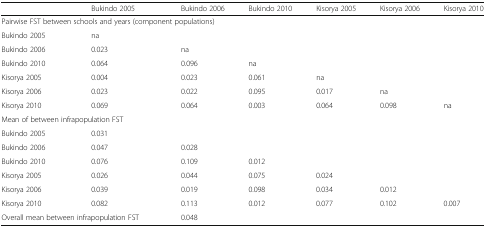
|  | Bukindo 2005 | Bukindo 2006 | Bukindo 2010 | Kisorya 2005 | Kisorya 2006 | Kisorya 2010 |
 | --- | --- | --- | --- | --- | --- | --- |
 | <COLSPAN=7> Pairwise FST between schools and years (component populations) |
 | Bukindo 2005 | na |  |  |  |  |  |
 | Bukindo 2006 | 0.023 | na |  |  |  |  |
 | Bukindo 2010 | 0.064 | 0.096 | na |  |  |  |
 | Kisorya 2005 | 0.004 | 0.023 | 0.061 | na |  |  |
 | Kisorya 2006 | 0.023 | 0.022 | 0.095 | 0.017 | na |  |
 | Kisorya 2010 | 0.069 | 0.064 | 0.003 | 0.064 | 0.098 | na |
 | <COLSPAN=7> Mean of between infrapopulation FST |
 | Bukindo 2005 | 0.031 |  |  |  |  |  |
 | Bukindo 2006 | 0.047 | 0.028 |  |  |  |  |
 | Bukindo 2010 | 0.076 | 0.109 | 0.012 |  |  |  |
 | Kisorya 2005 | 0.026 | 0.044 | 0.075 | 0.024 |  |  |
 | Kisorya 2006 | 0.039 | 0.019 | 0.098 | 0.034 | 0.012 |  |
 | Kisorya 2010 | 0.082 | 0.113 | 0.012 | 0.077 | 0.102 | 0.007 |
 | <COLSPAN=2> Overall mean between infrapopulation FST | <COLSPAN=5> 0.048 |